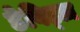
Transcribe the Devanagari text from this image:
डेविड्ज़